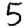
Digit: 5